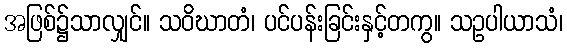
အဖြစ်၌သာလျှင်။ သဝိဃာတံ၊ ပင်ပန်းခြင်းနှင့်တကွ။ သဥပါယာသံ၊